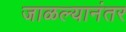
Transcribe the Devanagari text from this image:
जाळल्यानंतर